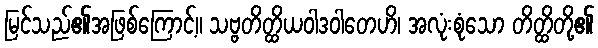
မြင်သည်၏အဖြစ်ကြောင့်။ သဗ္ဗတိတ္ထိယဝါဒဝါတေဟိ၊ အလုံးစုံသော တိတ္ထိတို့၏